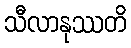
သီလာနုဿတိ